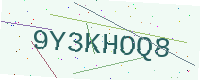
Text: 9Y3KHOQ8